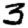
Digit: 3